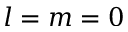
l = m = 0